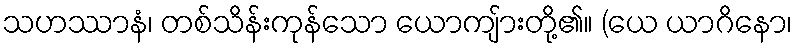
သဟဿာနံ၊ တစ်သိန်းကုန်သော ယောကျ်ားတို့၏။ (ယေ ယာဂိနော၊